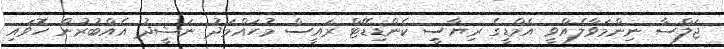
ޖަލްސާ ނިންމަވާލެއްވީ އެމްޑީގެ ރިޔާސީ ކެންޑިޑޭޓް ރައީސް މުހައްމަދު ނަޝީދު އެއްބުރުން ހޮވައި